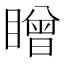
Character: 䁬